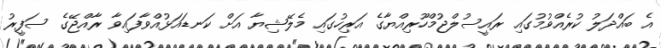
އެ ބައްދަލު ކުރެއްވުމުގައި ރައީސުލްޖުމްހޫރިއްޔާގެ އަރިހުގައި މެލޭޝިޔާ އަށް ކަނޑައަޅުއްވާފައިވާ ރާއްޖޭގެ ސަފީރު